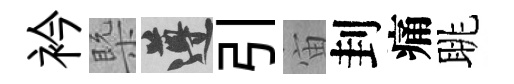
衿槩遵引宙刲痛眺